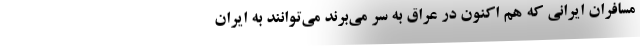
مسافران ایرانی که هم اکنون در عراق به سر می‌برند می‌توانند به ایران